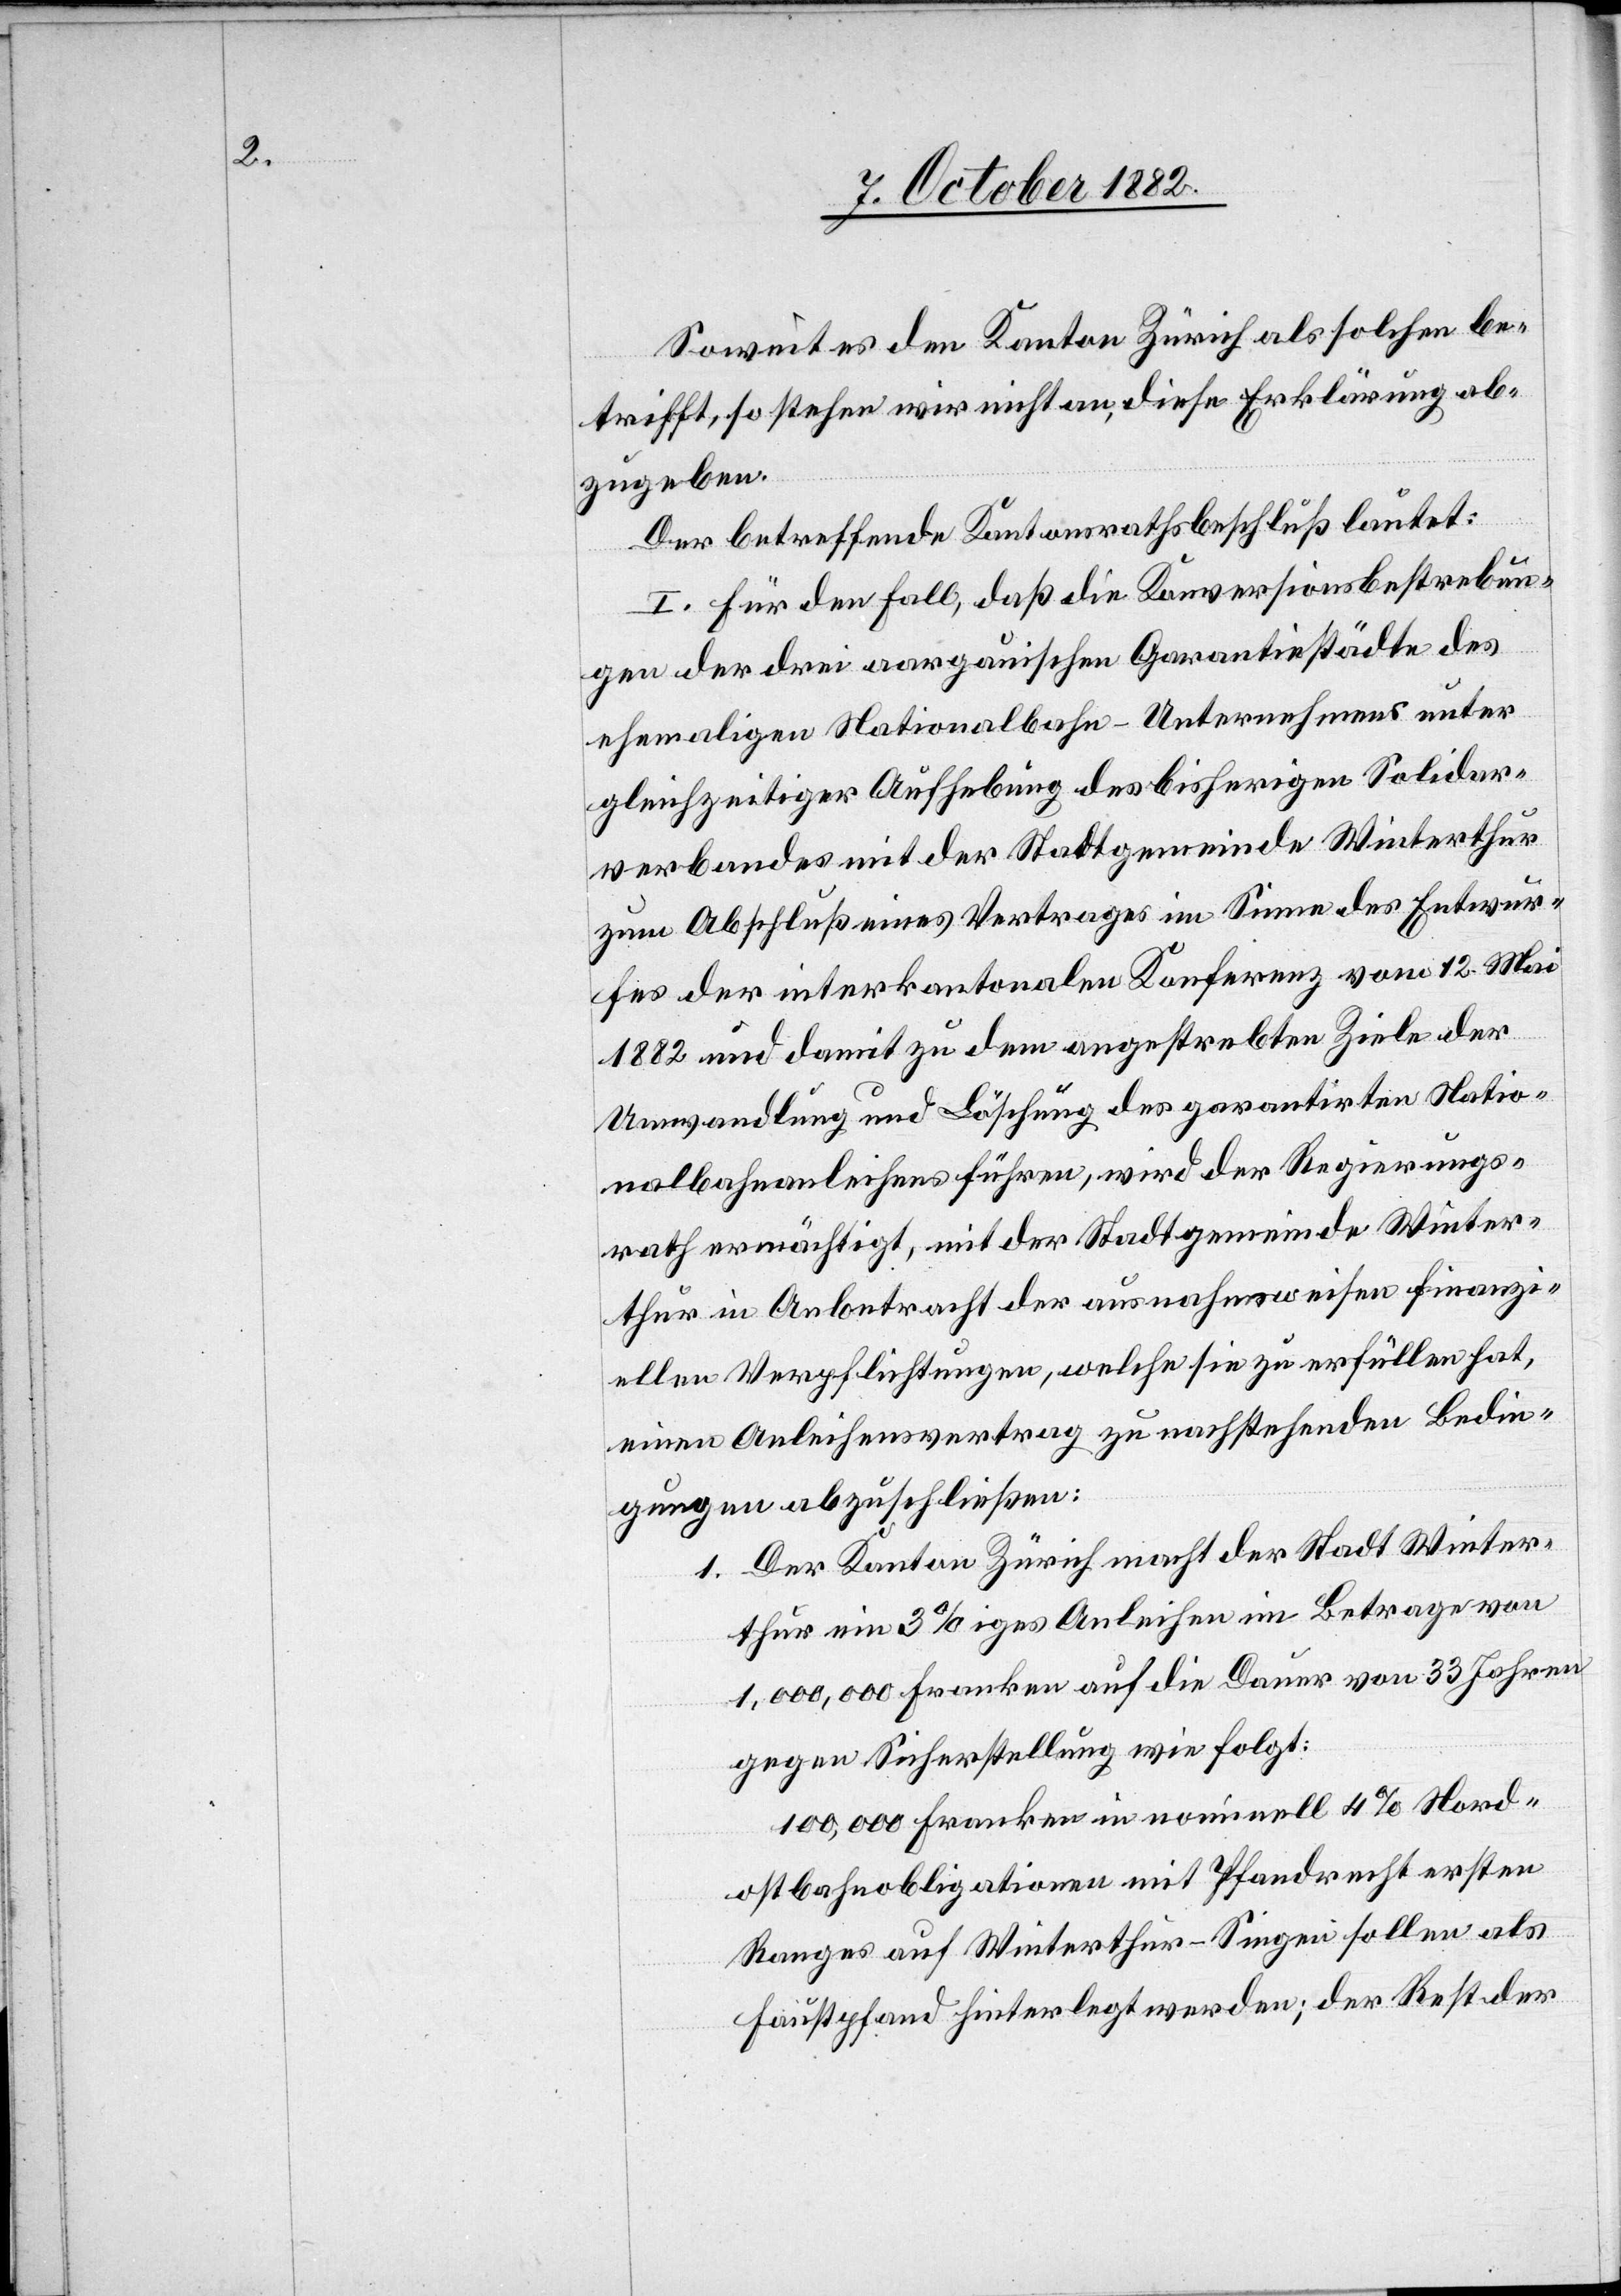
Soweit es den Kanton Zürich als solchen be¬
trifft, so stehen wir nicht an, diese Erklärung ab¬
zugeben.
Der betreffende Kantonsrathsbeschluß lautet:
I. Für den Fall, daß die Konversionsbestrebun¬
gen der drei aargauischen Garantiestädte des
ehemaligen Nationalbahn-Unternehmens unter
gleichzeitiger Aufhebung des bisherigen Solidar¬
verbundes mit der Stadtgemeinde Winterthur
zum Abschluß eines Vertrages im Sinne des Entwur¬
fes der interkantonalen Konferenz vom 12. Mai
1882 und damit zu dem angestrebten Ziele der
Umwandlung und Löschung des garantirten Natio¬
nalbahnanlehens führen, wird der Regierungs¬
rath ermächtigt, mit der Stadtgemeinde Winter¬
thur in Anbetracht der ausnahmsweisen finanzi¬
ellen Verpflichtungen, welche sie zu erfüllen hat,
einen Anleihensvertrag zu nachstehenden Bedin¬
gungen abzuschließen:
1. Der Kanton Zürich macht der Stadt Winter¬
thur ein 3%iges Anleihen im Betrage von
1,000,000 Franken auf die Dauer von 33 Jahren
gegen Sicherstellung wie folgt:
100,000 Franken in nominell 4% Nord¬
ostbahnobligationen mit Pfandrecht ersten
Ranges auf Winterthur–Singen sollen als
Faustpfand hinterlegt werden; der Rest der